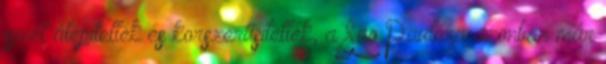
ismét átépítették és korszerűsítették, a Sao Paulóra azonban már